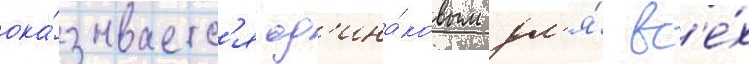
ока́зываетс'я од'ина́ковым дл'я́ вс'е́х